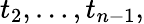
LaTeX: t_{2},\ldots,t_{n-1},